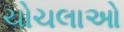
ચોચલાઓ